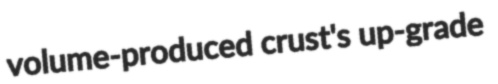
volume-produced crust's up-grade